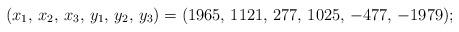
LaTeX: \begin{align*} (x_1,\,x_2,\,x_3,\,y_1,\,y_2,\,y_3)=(1965,\, 1121,\,277,\, 1025,\, -477,\,-1979); \end{align*}